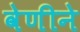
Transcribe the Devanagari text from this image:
वेणीने